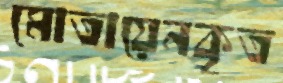
মোতায়েনকৃত